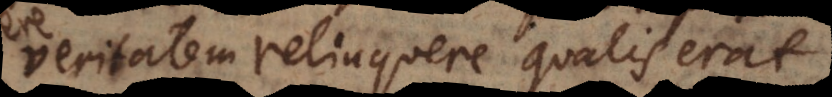
veritatem relinquere qualis erat